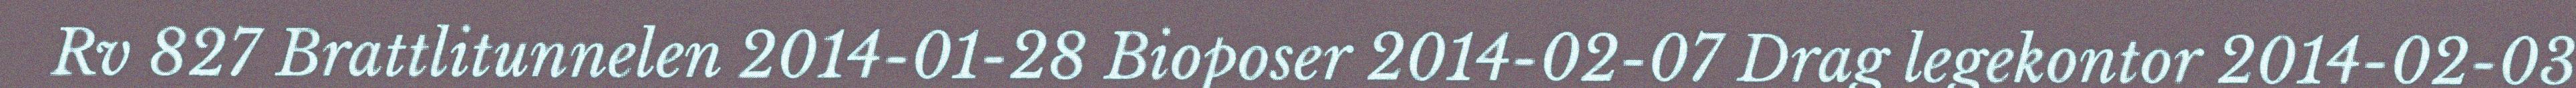
Rv 827 Brattlitunnelen 2014-01-28 Bioposer 2014-02-07 Drag legekontor 2014-02-03